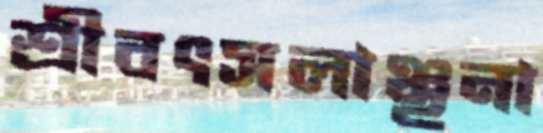
শ্রীবৎসলাঞ্ছনা